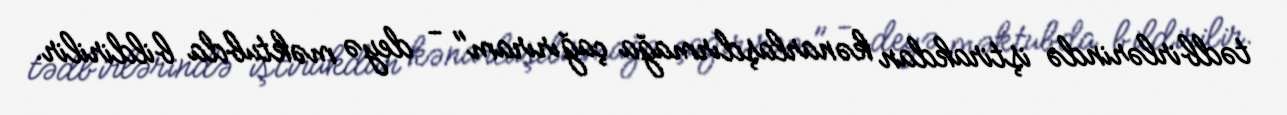
tədbirlərində iştirakdan kənarlaşdırmağa çağırıram" - deyə məktubda bildirilir.